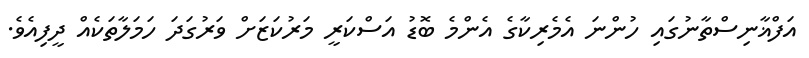
އަފްޣާނިސްތާނުގައި ހުންނަ އެމެރިކާގެ އެންމެ ބޮޑު އަސްކަރީ މަރުކަޒަށް ވަރުގަދަ ހަމަލާތަކެއް ދީފިއެވެ.